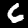
Label: 6